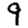
Digit: 9